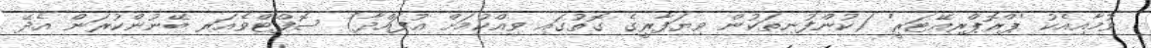
ވުމާއިއެކު 'ޕްރޮޕްރިއޭޓަރީ' (ކުންފުނިތަކުން ވިޔަފާރީގެ ގޮތުގައި ވިއްކުމަށް އުފައްދާ) ސޮފްޓްވެއަރ ބޭނުންކުރަން އެދޭ